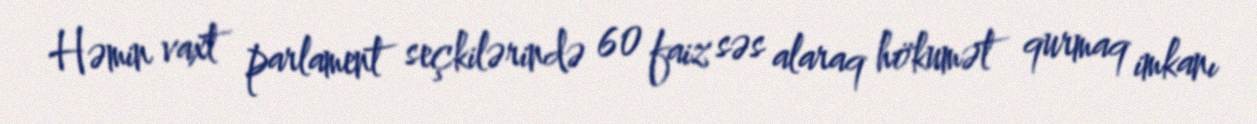
Həmin vaxt parlament seçkilərində 60 faiz səs alaraq hökumət qurmaq imkanı